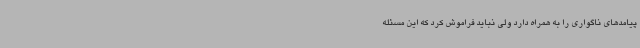
پیامدهای ناگواری را به همراه دارد ولی نباید فراموش کرد که این مسئله